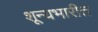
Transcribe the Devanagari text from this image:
शून्यभारीत